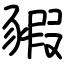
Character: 豭